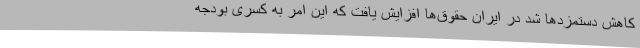
کاهش دستمزدها شد در ایران حقوق‌ها افزایش یافت که این امر به کسری بودجه